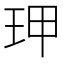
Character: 玾